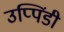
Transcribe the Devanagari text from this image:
उप्पिंडी